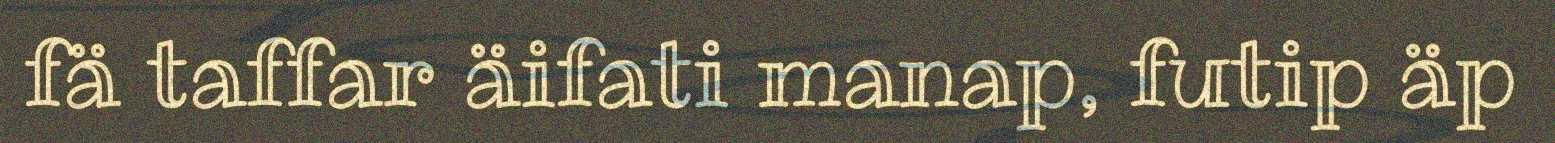
fä taffar äifati manap, futip äp